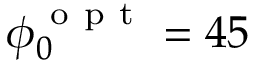
\phi _ { 0 } ^ { \mathrm { ~ o ~ p ~ t ~ } } = 4 5